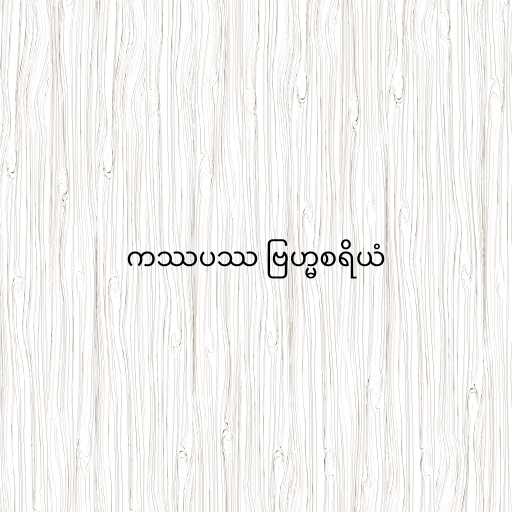
ကဿပဿ ဗြဟ္မစရိယံ